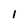
Character: 1